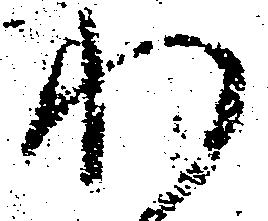
わ